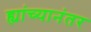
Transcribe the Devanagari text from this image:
ह्यांच्यानंतर